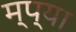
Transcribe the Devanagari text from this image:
म्प्या